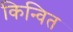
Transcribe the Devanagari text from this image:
किन्वित